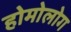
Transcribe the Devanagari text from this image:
होमोलोग